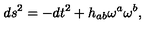
d s ^ { 2 } = - d t ^ { 2 } + h _ { a b } \omega ^ { a } \omega ^ { b } ,